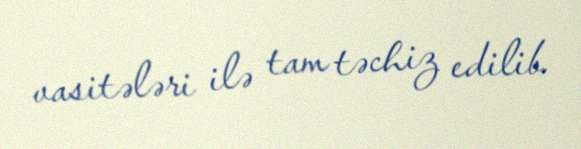
vasitələri ilə tam təchiz edilib.